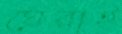
ঘেরাই